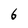
Character: 6